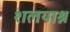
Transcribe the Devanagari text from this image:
शलयाश्न